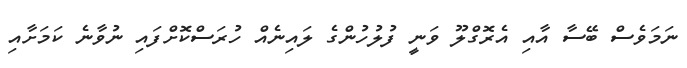
ނަމަވެސް ބޭސާ އާއި އެރޮގްލޫ ވަނީ ފުލުހުންގެ ލައިނެއް ހުރަސްކޮށްފައި ނުވާނެ ކަމަށާއި